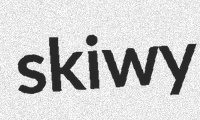
skiwy